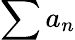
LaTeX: \sum a_{n}